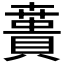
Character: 𰷌